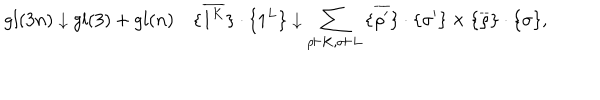
g l ( 3 n ) \downarrow g l ( 3 ) + g l ( n ) \quad { \{ } \overline { { { 1 ^ { K } } } } { \} } \cdot { \{ } 1 ^ { L } { \} } \downarrow \sum _ { \rho \vdash K , \sigma \vdash L } { \{ } \overline { { { \rho ^ { \prime } } } } { \} } \cdot { \{ } \sigma ^ { \prime } { \} } \times { \{ } \overline { { { \rho } } } { \} } \cdot { \{ } \sigma { \} } ,